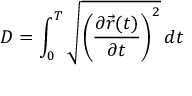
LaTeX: D = \int _ { 0 } ^ { T } { \sqrt { \left( { \frac { \partial { \vec { r } } ( t ) } { \partial t } } \right) ^ { 2 } } } \, d t